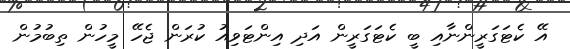
އޭ ކެޓަގަރީންނާއި ބީ ކެޓަގަރީން އަދި އިންޓަވިއު ކުރަން ޖެހޭ މީހުން ތިބުމުން